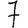
Digit: 7